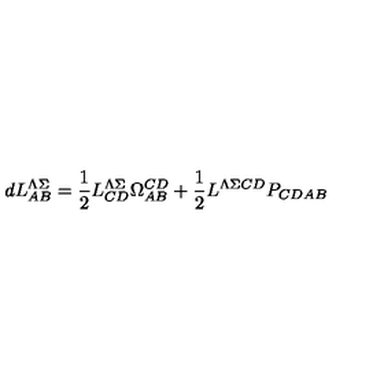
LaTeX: d L _ { A B } ^ { \Lambda \Sigma } = { \frac { 1 } { 2 } } L _ { C D } ^ { \Lambda \Sigma } \Omega _ { A B } ^ { C D } + { \frac { 1 } { 2 } } L ^ { \Lambda \Sigma C D } P _ { C D A B }